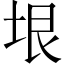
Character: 垠